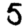
Digit: 5